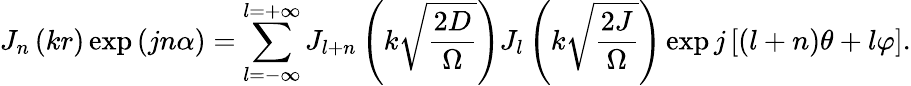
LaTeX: J_{n}\left(kr\right)\exp\left(jn\alpha\right)=\sum_{l=-\infty}^{l=+\infty}J_{l+n}\left(k\sqrt{\frac{2D}{\Omega}}\right)J_{l}\left(k\sqrt{\frac{2J}{\Omega}}\right)\exp j\left[\left(l+n\right)\theta+l\varphi\right].